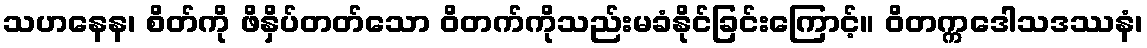
သဟနေန၊ စိတ်ကို ဖိနှိပ်တတ်သော ဝိတက်ကိုသည်းမခံနိုင်ခြင်းကြောင့်။ ဝိတက္ကဒေါသဒဿနံ၊